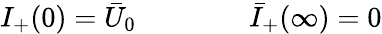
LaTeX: I_{+}(0)=\bar{U}_{0}\qquad\qquad\bar{I}_{+}(\infty)=0